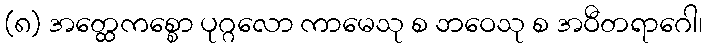
(၈) အတ္ထေကစ္စော ပုဂ္ဂလော ကာမေသု စ ဘဝေသု စ အဝီတရာဂေါ၊